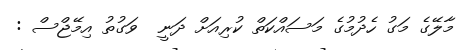
މާލޭގެ މަގު ހެދުމުގެ މަސައްކަތް ކުރިއަށް ދަނީ  ވަގުތު އިމޭޖްސް :